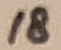
Text: 18